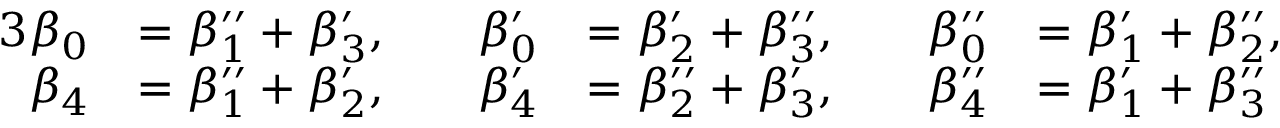
\begin{array} { r l r l r l } { { 3 } \beta _ { 0 } } & { = \beta _ { 1 } ^ { \prime \prime } + \beta _ { 3 } ^ { \prime } , \quad } & { \beta _ { 0 } ^ { \prime } } & { = \beta _ { 2 } ^ { \prime } + \beta _ { 3 } ^ { \prime \prime } , \quad } & { \beta _ { 0 } ^ { \prime \prime } } & { = \beta _ { 1 } ^ { \prime } + \beta _ { 2 } ^ { \prime \prime } , } \\ { \beta _ { 4 } } & { = \beta _ { 1 } ^ { \prime \prime } + \beta _ { 2 } ^ { \prime } , \quad } & { \beta _ { 4 } ^ { \prime } } & { = \beta _ { 2 } ^ { \prime \prime } + \beta _ { 3 } ^ { \prime } , \quad } & { \beta _ { 4 } ^ { \prime \prime } } & { = \beta _ { 1 } ^ { \prime } + \beta _ { 3 } ^ { \prime \prime } } \end{array}